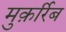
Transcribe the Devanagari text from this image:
मुक़र्रिब